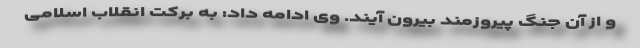
و از آن جنگ پیروزمند بیرون آیند. وی ادامه داد: به برکت انقلاب اسلامی